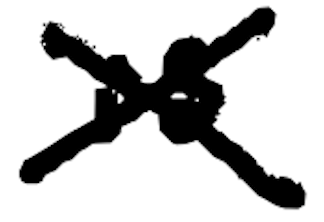
Text: is
Cross-out: cross
Writing tool: digital_black